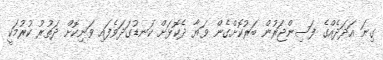
ގިނަ އަދަދެއްގެ ފަސިންޖަރުން ބަރުކޮށްގެން ވަޔާ ދެކޮޅަށް ކަނޑުގަދަވެފައި ވަނިކޮށް ދަތުރު ކުރުމަކީ